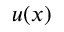
u ( x )